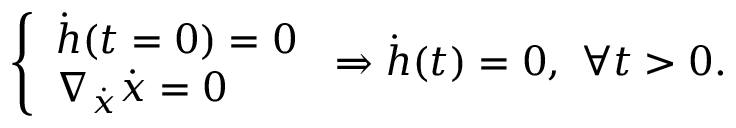
\left\{ \begin{array} { l l } { \dot { h } ( t = 0 ) = 0 } \\ { \nabla _ { \Dot { \boldsymbol x } } \Dot { \boldsymbol { x } } = 0 } \end{array} \right. \Rightarrow \dot { h } ( t ) = 0 , \ \forall t > 0 .